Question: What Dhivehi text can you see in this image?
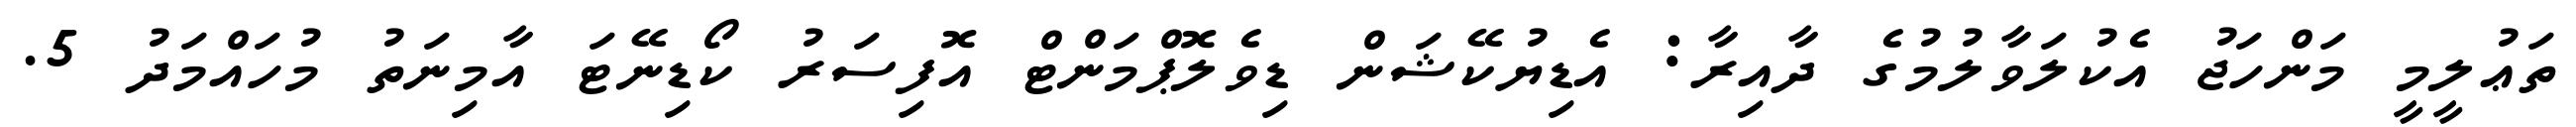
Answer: ތަޢުލީމީ މަންހަޖު އެކުލަވާލުމުގެ ދާއިރާ: އެޑިޔުކޭޝަން ޑިވެލޮޕްމަންޓް އޮފިސަރު ކޯޑިނޭޓަ އާމިނަތު މުހައްމަދު 5.